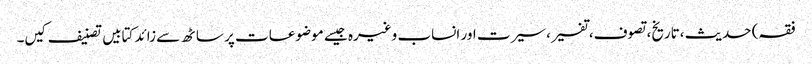
فقہ) حدیث ،تاریخ، تصوف، تفسیر، سیرت اور انساب وغیرہ جیسے موضوعات پر ساٹھ سے زائد کتابیں تصنیف کیں۔